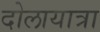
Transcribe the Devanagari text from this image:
दोलायात्रा